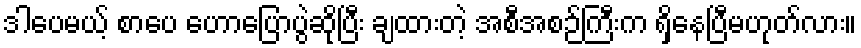
ဒါပေမယ့် စာပေ ဟောပြောပွဲဆိုပြီး ချထားတဲ့ အစီအစဉ်ကြီးက ရှိနေပြီမဟုတ်လား။